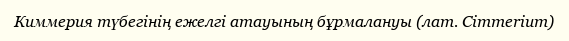
Киммерия түбегінің ежелгі атауының бұрмалануы (лат. Cimmerium)